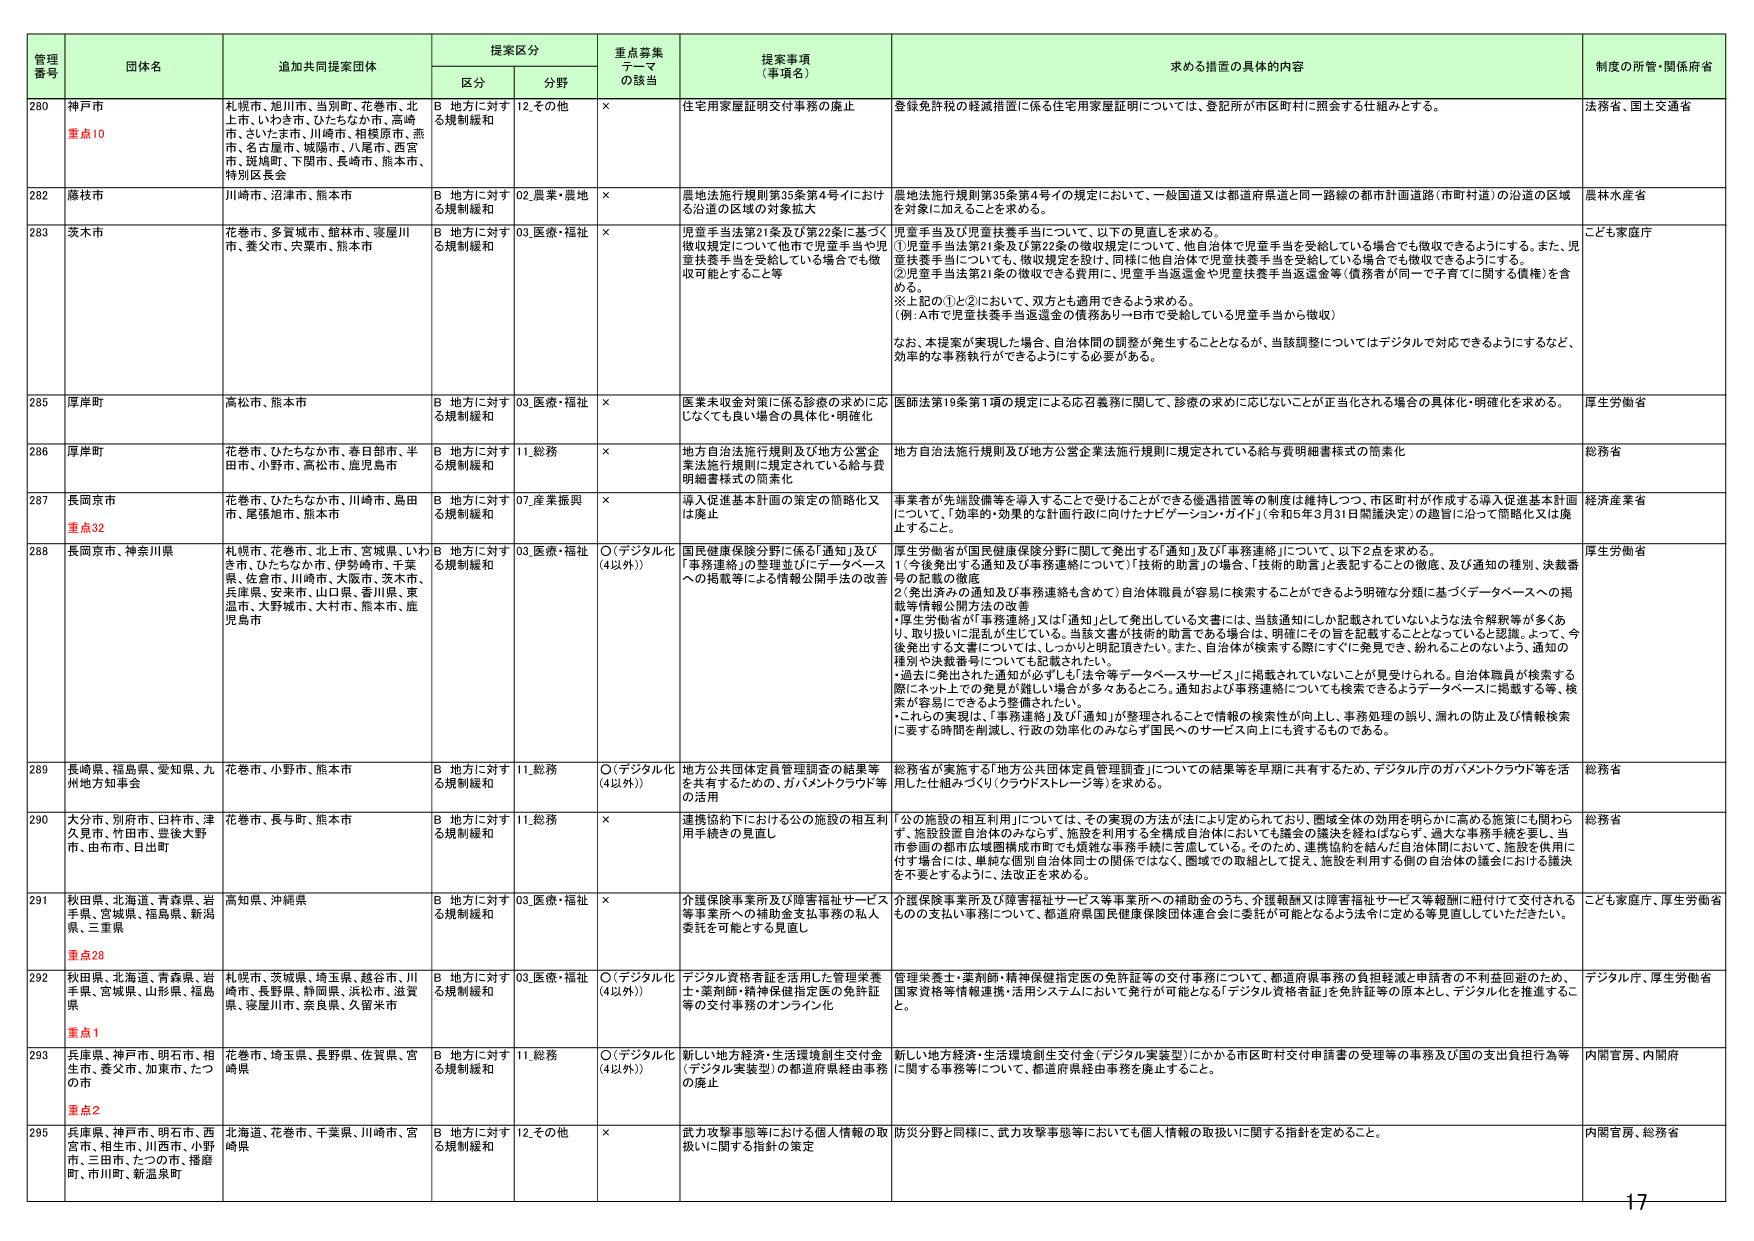
管理番号 団体名 追加共同提案団体 提案区分 重点募集テーマの該当 提案事項（事項名） 求める措置の具体的内容 制度の所管・関係府省
区分 分野
280 神戸市 重点10 札幌市、旭川市、当別町、花巻市、北上市、いわき市、ひたちなか市、高崎市、さいたま市、川崎市、相模原市、燕市、名古屋市、城陽市、八尾市、西宮市、斑鳩町、下関市、長崎市、熊本市、特別区長会 B 地方に対する規制緩和 12.その他 × 住宅用家屋証明交付事務の廃止 登録免許税の軽減措置に係る住宅用家屋証明については、登記所が市区町村に照会する仕組みとする。 法務省、国土交通省
282 藤枝市 川崎市、沼津市、熊本市 B 地方に対する規制緩和 02.医業・農地 × 農地法施行規則第35条第4号イにおける沿道の区域の対象拡大 農地法施行規則第35条第4号イの規定において、一般国道又は都道府県道と同一路線の都市計画道路（市町村道）の沿道の区域を対象に加えることを求める。 農林水産省
283 茨木市 花巻市、多賀城市、館林市、寝屋川市、養父市、宍粟市、熊本市 B 地方に対する規制緩和 03.医療・福祉 × 児童手当及び児童扶養手当に基づく徴収規定について他市で児童手当や児童扶養手当を受けている場合でも徴収可能とすること等 ①児童手当及び児童扶養手当について、以下の見直しを求める。
①児童手当法第21条及び第22条の徴収規定について、他自治体で児童手当を受給している場合でも徴収できるようにする。また、児童扶養手当についても、徴収規定を設け、同様に他自治体で児童扶養手当を受給している場合でも徴収できるようにする。
②児童手当法第21条の徴収できる費用に、児童手当返還金や児童扶養手当返還金等（債務者が同一で子育てに関する債権）を含める。
※上記の①と②において、双方とも適用できるよう求める。
（例：A市で児童扶養手当返還金の債務あり→B市で受給している児童手当から徴収）
なお、本提案が実現した場合、自治体間の調整が発生することとなるが、当該調整についてはデジタルで対応できるようにするなど、効率的な事務執行ができるようにする必要がある。 こども家庭庁
285 厚岸町 高松市、熊本市 B 地方に対する規制緩和 03.医療・福祉 × 医薬未収金対策に係る診療の求めに応じなくても良い場合の具体化・明確化 医師法第19条第1項の規定による応召義務に関して、診療の求めに応じないことが正当化される場合の具体化・明確化を求める。 厚生労働省
286 厚岸町 花巻市、ひたちなか市、春日部市、半田市、小野市、高松市、鹿児島市 B 地方に対する規制緩和 11.総務 × 地方自治法施行規則及び地方公営企業法施行規則に規定されている給与費明細書様式の簡素化 地方自治法施行規則及び地方公営企業法施行規則に規定されている給与費明細書様式の簡素化 総務省
287 長岡京市 重点32 花巻市、ひたちなか市、川崎市、島田市、尾張旭市、熊本市 B 地方に対する規制緩和 07.産業振興 × 導入促進基本計画の策定の簡略化又は廃止 事業者が先端設備等を導入することで受けることができる優遇措置等の制度は維持しつつ、市区町村が作成する導入促進基本計画について、「効率的・効果的な計画行政に向けたナビゲーション・ガイド」（令和5年3月31日閣議決定）の趣旨に沿って簡略化又は廃止すること。 経済産業省
288 長岡京市、神奈川県 札幌市、花巻市、北上市、宮城県、いわき市、ひたちなか市、伊勢崎市、千葉県、佐倉市、川崎市、大阪市、茨木市、兵庫県、安来市、山口県、香川県、東温市、大野城市、大村市、熊本市、鹿児島市 B 地方に対する規制緩和 03.医療・福祉 ○（デジタル化（4以外）） 国民健康保険分野に係る「通知」及び「事務連絡」の整理並びにデータベースへの掲載等による情報公開手法の改善 厚生労働省が国民健康保険分野に関して発出する「通知」及び「事務連絡」について、以下の2点を求める。
1.「今後発出する通知及び事務連絡について」「技術的助言」の場合、「技術的助言」と表記することの徹底、及び通知の種別、決裁番号の記載の徹底
2.発出済みの通知及び事務連絡も含めて）自治体職員が容易に検索することができるよう明確な分類に基づくデータベースへの掲載等情報公開方法の改善
「厚生労働省が『事務連絡』又は『通知』として発出している文書には、当該通知にしか記載されていないような法令解釈等が多くあり、取り扱いに混乱が生じている。当該文書が技術的助言である場合は、明確にその旨を記載することとなっていると認識。よって、今後発出する文書については、しっかりと明記頂きたい。また、自治体が検索する際にすぐに発見でき、紛れることのないよう、通知の種別や決裁番号についても記載されたい。
・過去に発出された通知が必ずしも「法令等データベースサービス」に掲載されていないことが見受けられる。自治体職員が検索する際にネット上での発見が難しい場合が多々あるところ。通知および事務連絡についても検索できるようデータベースに掲載する等、検索が容易にできるよう整備されたい。
・これらの実現は、「事務連絡」及び「通知」が整理されることで情報の検索性が向上し、事務処理の誤り、漏れの防止及び情報検索に要する時間を削減し、行政の効率化のみならず国民へのサービス向上にも資するものである。 厚生労働省
289 長崎県、福島県、愛知県、九州地方知事会 花巻市、小野市、熊本市 B 地方に対する規制緩和 11.総務 ○（デジタル化（4以外）） 地方公共団体定員管理調査の結果等を共有するための、ガバメントクラウド等の活用 総務省が実施する「地方公共団体定員管理調査」についての結果等を早期に共有するため、デジタル庁のガバメントクラウド等を活用した仕組みづくり（クラウドストレージ等）を求める。 総務省
290 大分市、別府市、臼杵市、津久見市、竹田市、豊後大野市、由布市、日出町 花巻市、長与町、熊本市 B 地方に対する規制緩和 11.総務 × 連携協約下における公の施設の相互利用手続きの見直し 「公の施設の相互利用」については、その実現の方法が法により定められており、圏域全体の効用を明らかに高める施策にも関わらず、施設設置自治体のみならず、施設を利用する全構成自治体においても議会の議決を経ねばならず、過大な事務手続を要し、当市参画の都市広域圏構成市町でも煩雑な事務手続に苦慮している。そのため、連携協約を結んだ自治体間において、施設を供用に付す場合には、単純な個別自治体同士の関係ではなく、圏域での取組として捉え、施設を利用する側の自治体の議会における議決を不要とするように、法改正を求める。 総務省
291 秋田県、北海道、青森県、岩手県、宮城県、福島県、新潟県、三重県 重点28 高知県、沖縄県 B 地方に対する規制緩和 03.医療・福祉 × 介護保険事業所及び障害福祉サービス等事業所への補助金支払事務の私人委託を可能とする見直し 介護保険事業所及び障害福祉サービス等事業所への補助金のうち、介護報酬又は障害福祉サービス等報酬に紐付けて交付されるものの支払い事務について、都道府県国民健康保険団体連合会に委託が可能となるよう法令に定める等見直していただきたい。 こども家庭庁、厚生労働省
292 秋田県、北海道、青森県、岩手県、宮城県、山形県、福島県 札幌市、茨城県、埼玉県、越谷市、川崎市、長野県、静岡県、浜松市、滋賀県、塚屋川市、奈良県、久留米市 B 地方に対する規制緩和 03.医療・福祉 ○（デジタル化（4以外）） デジタル資格者証を活用した管理栄養士・薬剤師・精神保健指定医の免許証等の交付事務のオンライン化 管理栄養士・薬剤師・精神保健指定医の免許証等の交付事務について、都道府県事務の負担軽減と申請者の不利益回避のため、国家資格等情報連携・活用システムにおいて発行が可能となる「デジタル資格者証」を免許証等の原本とし、デジタル化を推進すること。 デジタル庁、厚生労働省
293 兵庫県、神戸市、明石市、相生市、養父市、加東市、たつの市 重点2 花巻市、埼玉県、長野県、佐賀県、宮崎県 B 地方に対する規制緩和 11.総務 ○（デジタル化（4以外）） 新しい地方経済・生活環境創生交付金（デジタル実装型）の都道府県経由事務の廃止 新しい地方経済・生活環境創生交付金（デジタル実装型）にかかる市区町村交付申請書の受理等の事務及び国の支出負担行為等に関する事務等について、都道府県経由事務を廃止すること。 内閣官房、内閣府
295 兵庫県、神戸市、明石市、西宮市、相生市、川西市、小野市、三田市、たつの市、播磨町、市川町、新温泉町 北海道、花巻市、千葉県、川崎市、宮崎県 B 地方に対する規制緩和 12.その他 × 武力攻撃事態等における個人情報の取扱いに関する指針の策定 防災分野と同様に、武力攻撃事態等においても個人情報の取扱いに関する指針を定めること。 内閣官房、総務省
17